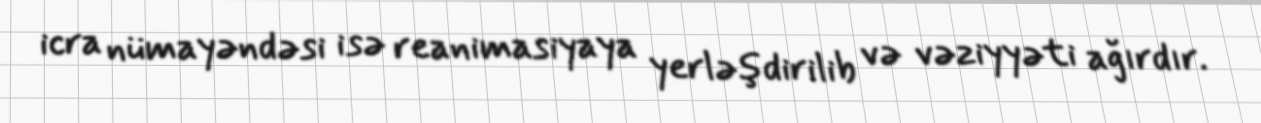
icra nümayəndəsi isə reanimasiyaya yerləşdirilib və vəziyyəti ağırdır.